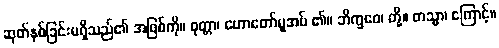
ဆုတ်နစ်ခြင်းမရှိသည်၏ အဖြစ်ကို။ ဝုတ္တာ၊ ဟောတော်မူအပ် ၏။ ဘိက္ခဝေ၊ တို့။ တသ္မာ၊ ကြောင့်။